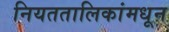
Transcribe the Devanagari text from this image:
नियततालिकांमधून